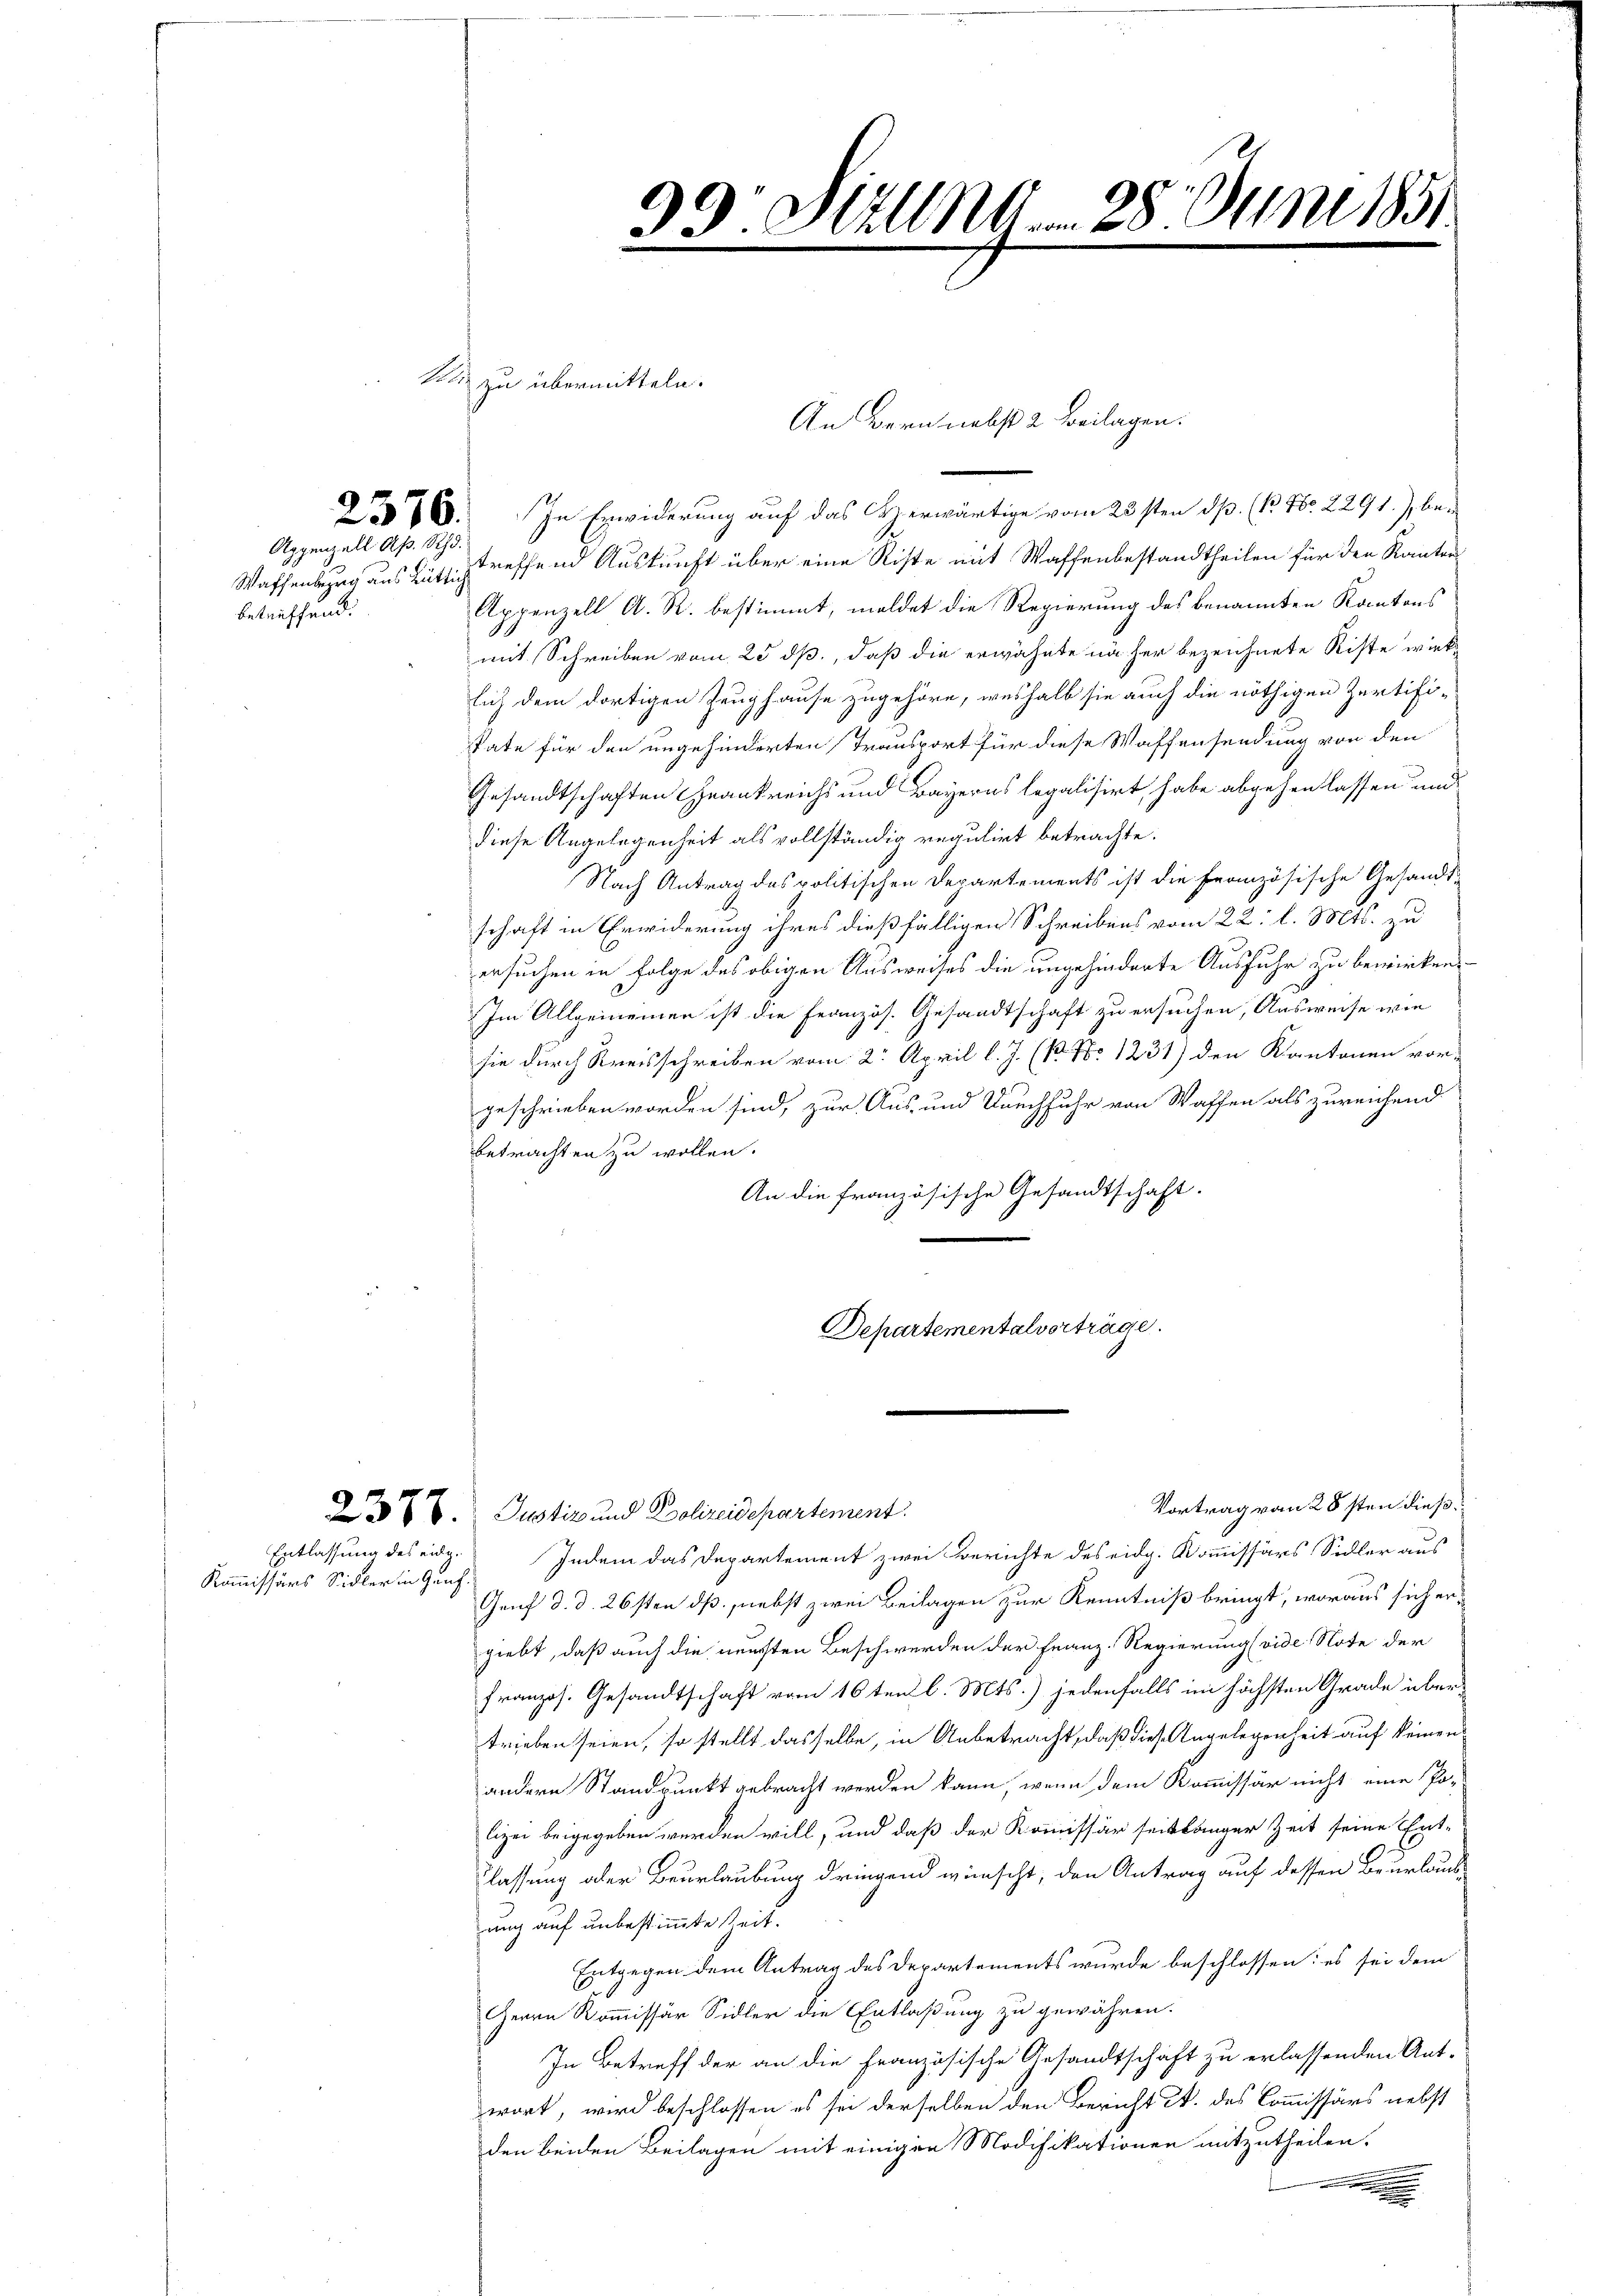
betreffend.

Appenzell Ap. Rh.

Kommissärs Sidler in Genf

ki zu übermitteln.

75. In Erwiderung auf das Czerwärtige vom 23sten dß. (B. Nr. 2291) be¬
Waffenbezug aus Luftigetreffend Auskunft über eine Riste mit Waffenbestandtheilen für den Rauten
Appenzell A. R. bestimmt, meldet die Regierung des benannten Kantons
mit Schreiben vom 25 dß, daß die erwähnte näher bezeichnete Riste wirklich dem dortigen Zeughause zugehöre, weshalb sie auch die nöthigen Zertifi¬
Pate für den ungehinderten Transport für diese Waffensendung von den
Gesandtschaften Frankreichs und Bayerns legalisirt, habe abgehen lassen und
diese Angelegenheit als vollständig regulirt betrachte.
Nach Antrag des politischen Departements ist die Französische Gesandt-
schaft in Erwiderung ihres dießfälligen Schreibens vom 22. l. Mts. zu
ersuchen in Folge des obigen Ausweises die ungehinderte Ausfuhr zu bewirken,
Im Allgemeinen ist die Französ. Gesandtschaft zu ersuchen, Ausweise wie
sie durch Kreisschreiben vom 2. April l. J. (B. No 1231) den Kantonen vor-
geschrieben worden sind, zur Aus- und Durchfuhr von Waffen als zureichend
betrachten zu wollen.
An die französische Gesandtschaft.
Departementalverträge.

Sitzung 28. Juni 1851
99
5
2

An Bern nebst 2 Beilagen.

Vortrag von 28sten dieß.
3t 8. Justiz und Polizeidepartement:
Entlassung des eidg. Indem das Departement zwei Berichte des eidg. Kommissärs Sidler aus
Genf d. d. 26sten dß., nebst zwei Beilagen zur Kenntniß bringt, woraus sich ergiebt, daß auch die neusten Beschwerden der Franz-Regierung (vide Note der
französ. Gesandtschaft vom 16ten l. Mts.) jedenfalls im höchsten Grade übertrieben seien, so stellt dasselbe, in Anbetracht, daß diese Angelegenheit auf keinen
andern Standpunkt gebracht werden kann, wenn dem Kommissär nicht eine Po-
lizei beigegeben werden will, und daß der Kommissär seitlanger Zeit seine Ent-
lassung oder Beurlaubung dringend wünscht, den Antrag auf dessen Beurlaus-
ung auf unbestimmte Zeit.
Entgegen dem Antrag des Departements wurde beschlossen: es sei dem
Herrn Kommissär Sidler die Entlaßung zu gewähren.
In Betreff der an die Französische Gesandtschaft zu erlassenden Ant-
wort, wird beschlossen es sei derselben den Bericht A. des Commissärs nebst
den beiden Beilagen mit einigen Modifikationen mitzutheilen.
¬